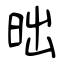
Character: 昢